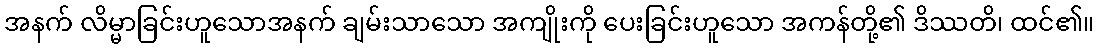
အနက် လိမ္မာခြင်းဟူသောအနက် ချမ်းသာသော အကျိုးကို ပေးခြင်းဟူသော အကန်တို့၏ ဒိဿတိ၊ ထင်၏။